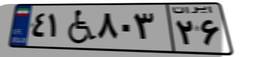
۴۱W۸۰۳۲۶